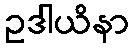
ဥဒါယိနာ